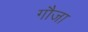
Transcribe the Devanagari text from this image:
गौजा